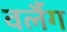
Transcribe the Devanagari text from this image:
वर्लैग